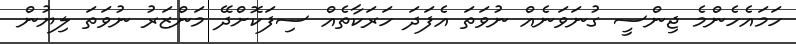
ހަމައެހެންމެ ޖިންސީ ގުނަވަނެއް ނުވަތަ އެފަދަ ހަރަކާތެއް ސިފަކޮށްދޭ މަންޒަރު ނުވަތަ ލިޔުން